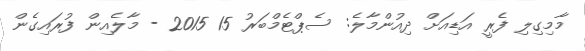
މާމިގިލި ފެރީ އަޑިއަށް ދިއުންމާލެ: ސެޕްޓެމްބަރު 15 2015 - މާލެއިން ފުރައިގެން